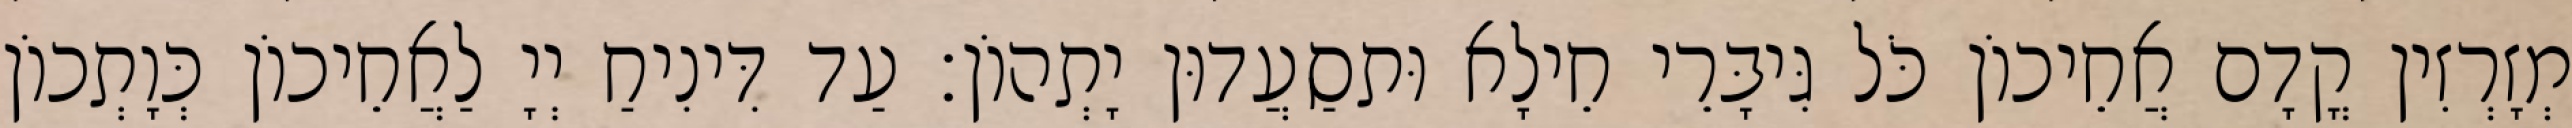
מְזָרְזִין קֳדָם אֲחֵיכוֹן כֹּל גִּיבָּרֵי חֵילָא וּתסַעֲדוּן יָתְהוֹן׃ עַד דִּינִיחַ יְיָ לַאֲחֵיכוֹן כְּוָתְכוֹן